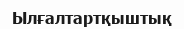
Ылғалтартқыштық